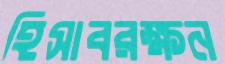
হিসাবরক্ষন